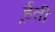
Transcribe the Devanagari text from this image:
र्र्हती